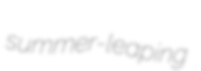
summer-leaping